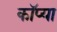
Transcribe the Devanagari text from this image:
कॉप्या